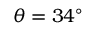
\theta = 3 4 ^ { \circ }